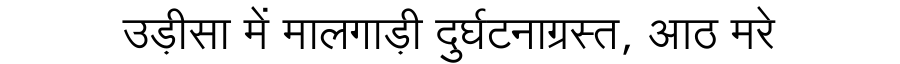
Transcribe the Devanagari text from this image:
उड़ीसा में मालगाड़ी दुर्घटनाग्रस्त, आठ मरे